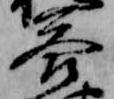
答